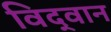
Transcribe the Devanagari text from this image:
विद्‌वान